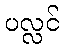
ပလ္လင်